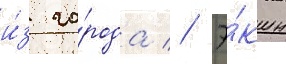
и́з го́рода // Э́кшн